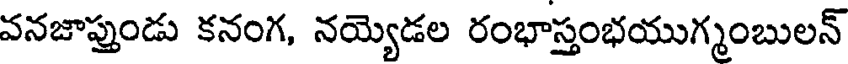
వనజాప్తుండు కనంగ, నయ్యెడల రంభాస్తంభయుగ్మంబులన్